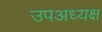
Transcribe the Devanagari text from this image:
उपअध्यक्ष